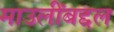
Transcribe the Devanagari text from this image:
माउलींबद्दल